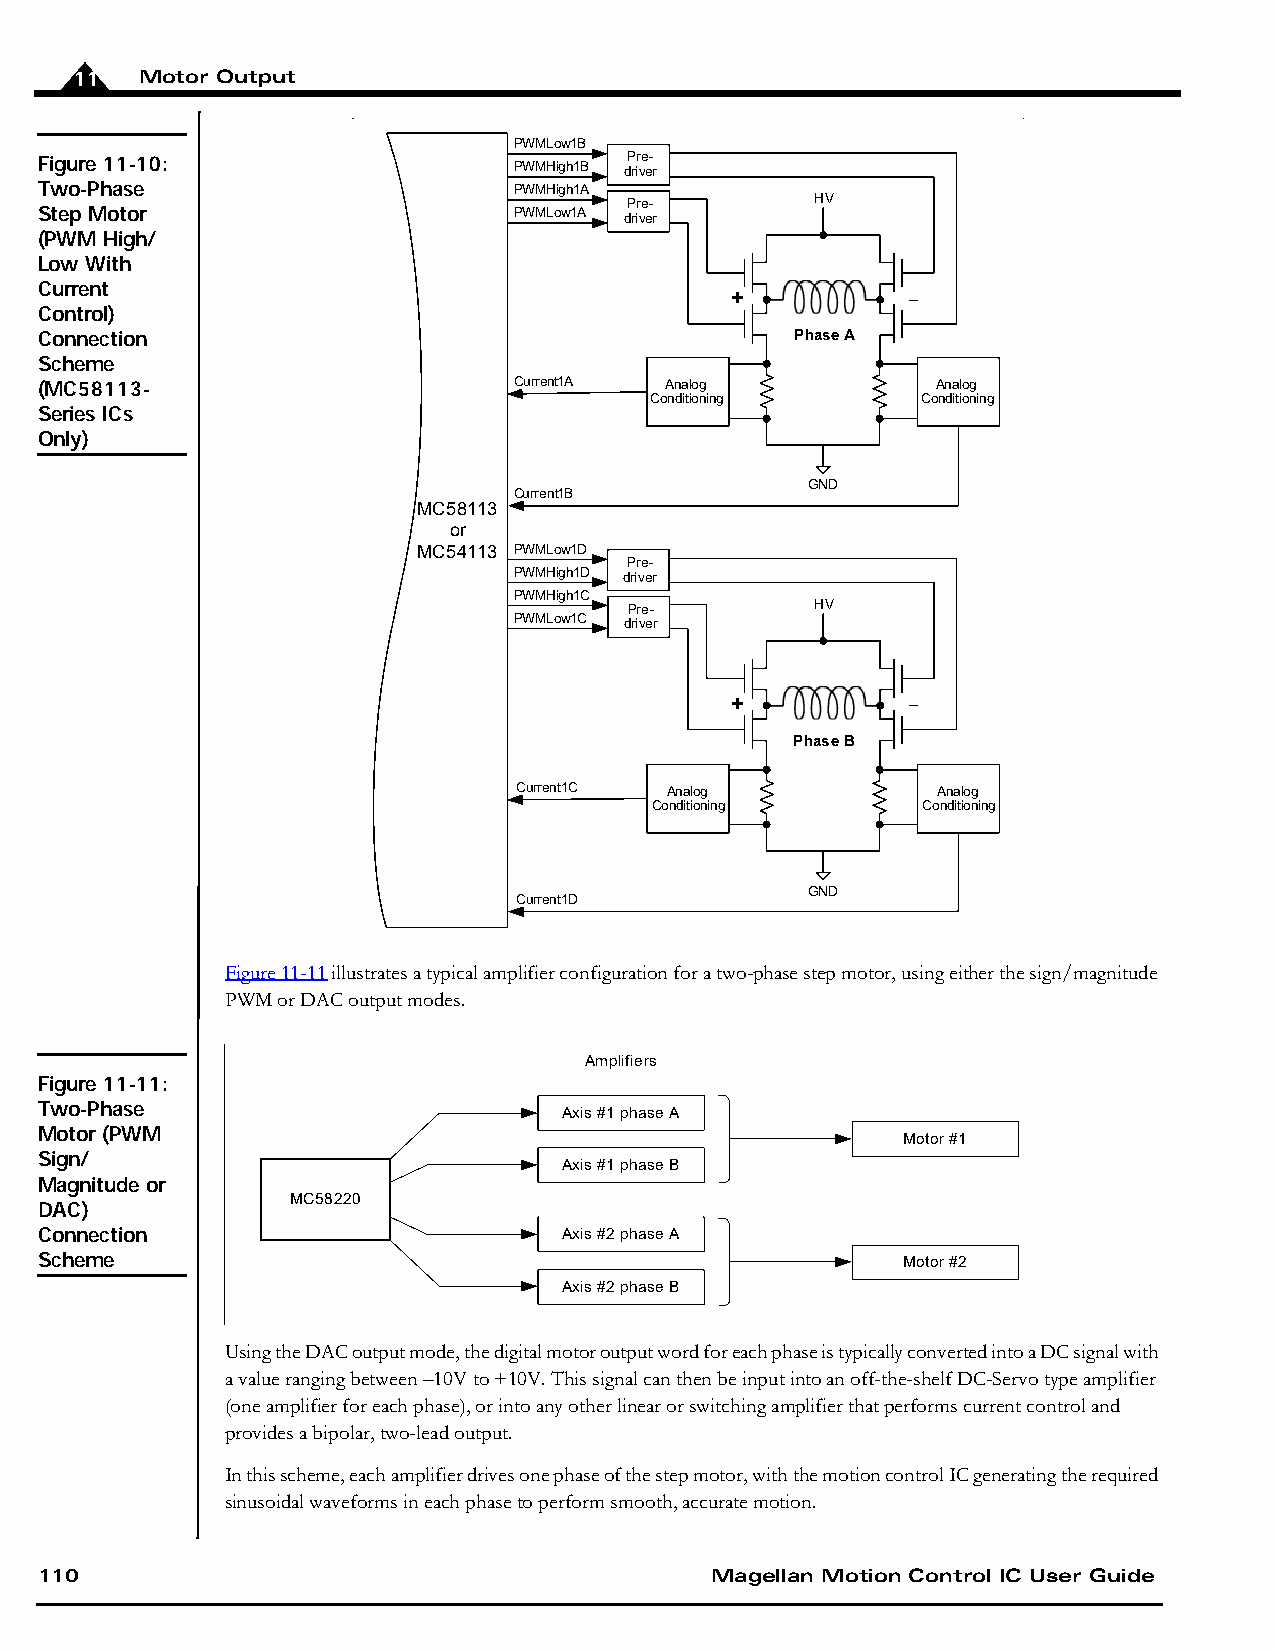
11  Motor Output
 PWMLow1B
 Figure 11-10:                   PWMHigh1B dP rir ve e- r
 Two-Phase                       PWMHigh1A
 Pre-        HV
 Step Motor                      PWMLow1A driver
 (PWM High/
 Low With
 Current                                       +           –
 Control)
 Connection                                         Phase A
 Scheme
 (MC58113-                       Current1A Analog            Analog
 Conditioning      Conditioning
 Series ICs
 Only)
 GND
 Current1B
 MC58113
 or
 MC54113 PWMLow1D
 Pre-
 PWMHigh1D driver
 PWMHigh1C
 Pre-        HV
 PWMLow1C driver
 +           –
 Phase B
 Current1C Analog            Analog
 Conditioning      Conditioning
 GND
 Current1D
 Figure 11-11 illustrates a typical amplifier configuration for a two-phase step motor, using either the sign/magnitude
 PWM or DAC output modes.
 Amplifiers
 Figure 11-11:
 Two-Phase                          Axis #1 phase A
 Motor (PWM
 Motor #1
 Sign/
 Axis #1 phase B
 Magnitude or
 MC58220
 DAC)
 Connection                         Axis #2 phase A
 Scheme                                                    Motor #2
 Axis #2 phase B
 Using the DAC output mode, the digital motor output word for each phase is typically converted into a DC signal with
 a value ranging between –10V to +10V. This signal can then be input into an off-the-shelf DC-Servo type amplifier
 (one amplifier for each phase), or into any other linear or switching amplifier that performs current control and
 provides a bipolar, two-lead output.
 In this scheme, each amplifier drives one phase of the step motor, with the motion control IC generating the required
 sinusoidal waveforms in each phase to perform smooth, accurate motion.
 110                                          Magellan Motion Control IC User Guide